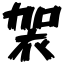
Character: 袈